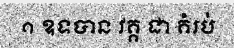
១ ឧទបាន វគ្គ ជា គំរប់